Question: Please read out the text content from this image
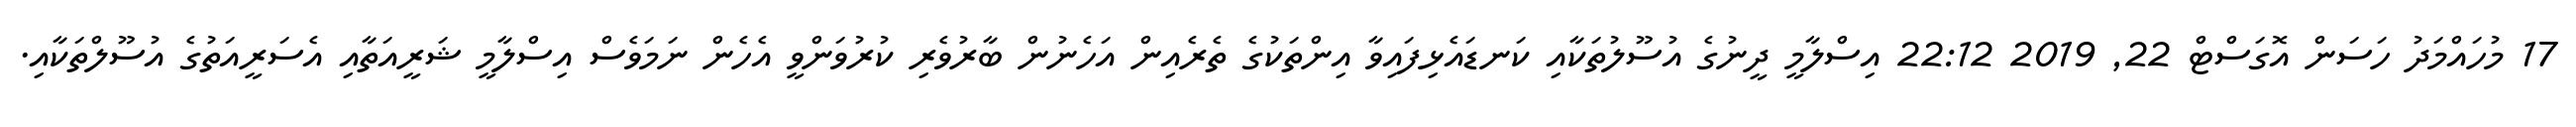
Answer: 17 މުހައްމަދު ހަސަން އޮގަސްޓް 22, 2019 22:12 އިސްލާމީ ދީނުގެ އުސޫލުތަކާއި ކަނޑައެޅިފައިވާ އިންތަކުގެ ތެރެއިން އަހެނުން ބާރުވެރި ކުރުވަންވީ އެހެން ނަމަވެސް އިސްލާމީ ޝަރީއަތާއި އެސަރީއަތުގެ އުސޫލްތަކާއި.